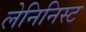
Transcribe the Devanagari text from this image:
लेनिनिस्ट